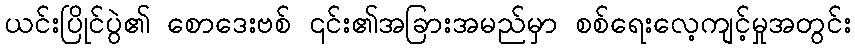
ယင်းပြိုင်ပွဲ၏ စောဒေးဗစ် ၎င်း၏အခြားအမည်မှာ စစ်ရေးလေ့ကျင့်မှုအတွင်း